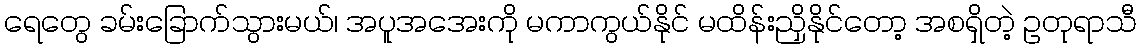
ရေတွေ ခမ်းခြောက်သွားမယ်၊ အပူအအေးကို မကာကွယ်နိုင် မထိန်းညှိနိုင်တော့ အစရှိတဲ့ ဥတုရာသီ